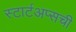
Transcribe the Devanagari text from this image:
स्टार्टअप्सची